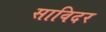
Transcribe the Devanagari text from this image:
साविदर